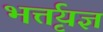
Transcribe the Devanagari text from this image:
भर्त्तृयज्ञ